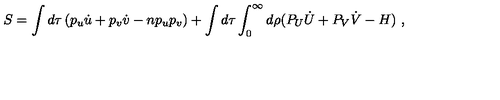
S = \int d \tau \left( p _ { u } \dot { u } + p _ { v } \dot { v } - n p _ { u } p _ { v } \right) + \int d \tau \int _ { 0 } ^ { \infty } d \rho ( P _ { U } \dot { U } + P _ { V } \dot { V } - H ) \ ,